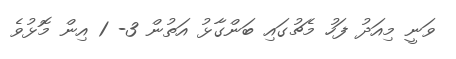
ވަނީ މިއަދު ފަހު މެޗުގައި ބަންގާޅު އަތުން 3- 1 އިން މޮޅުވެ